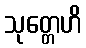
သုတ္တေဟိ